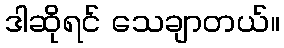
ဒါဆိုရင် သေချာတယ်။